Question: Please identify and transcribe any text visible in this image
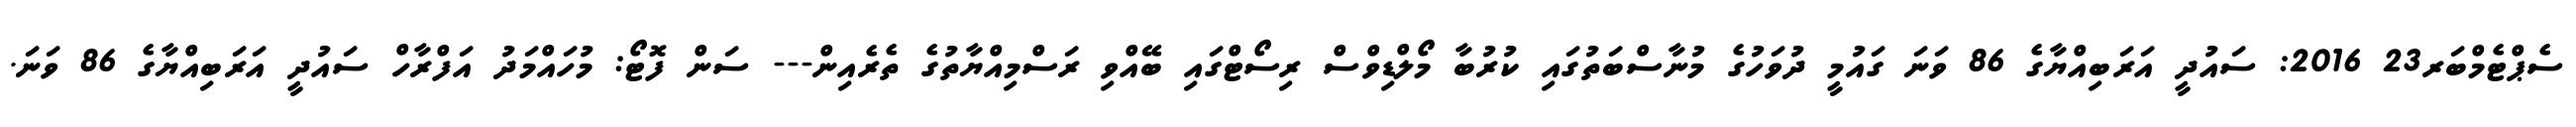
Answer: ސެޕްޓެމްބަރ23 2016: ސައުދީ އަރަބިއްޔާގެ 86 ވަނަ ގައުމީ ދުވަހުގެ މުނާސްބަތުގައި ކުރުބާ މޯލްޑިވްސް ރިސޯޓްގައި ބޭއްވި ރަސްމިއްޔާތުގެ ތެރެއިން--- ސަން ފޮޓޯ: މުހައްމަދު އަފްރާހް ސައުދީ އަރަބިއްޔާގެ 86 ވަނަ.